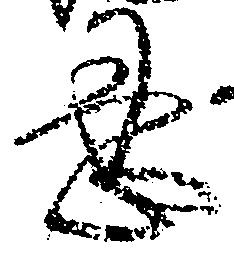
忍